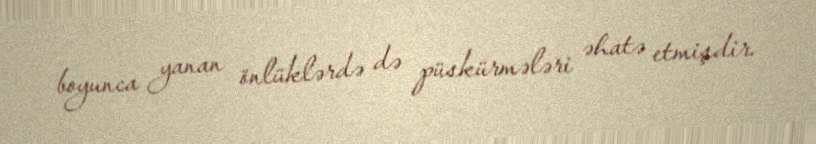
boyunca yanan önlüklərdə də püskürmələri əhatə etmişdir.